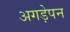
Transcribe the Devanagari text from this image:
अगड़ेपन